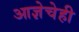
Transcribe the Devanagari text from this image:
आज्ञेचेही